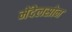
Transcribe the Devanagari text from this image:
मेंदेलसोन